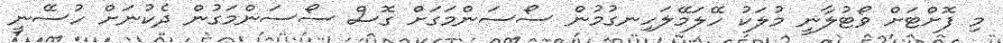
މި ފޮށްޓަށް ވޯޓުލާނީ މުލަކު ހޭލަމޭލަހިނގުމުން ސޯސަންމަގަށް ގޮސް ސޯސަންމަގުން ދެކުނަށް ހުސޭނީ